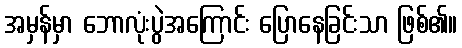
အမှန်မှာ ဘောလုံးပွဲအကြောင်း ပြောနေခြင်းသာ ဖြစ်၏။